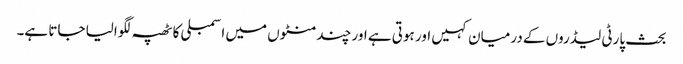
بحث پارٹی لیڈروں کے درمیان کہیں اور ہوتی ہے اور چند منٹوں میں اسمبلی کا ٹھپہ لگوالیا جاتا ہے۔